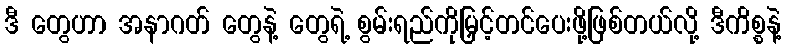
ဒီ တွေဟာ အနာဂတ် တွေနဲ့ တွေရဲ့ စွမ်းရည်ကိုမြှင့်တင်ပေးဖို့ဖြစ်တယ်လို့ ဒီကိစ္စနဲ့